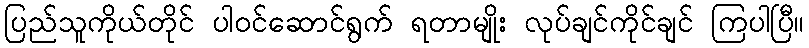
ပြည်သူကိုယ်တိုင် ပါဝင်ဆောင်ရွက် ရတာမျိုး လုပ်ချင်ကိုင်ချင် ကြပါပြီ။